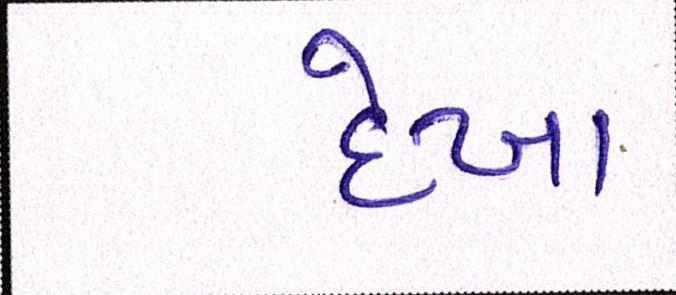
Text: દેખા